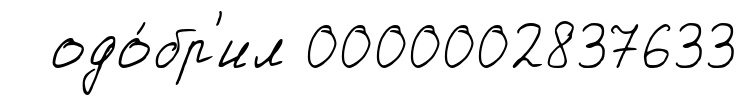
одо́бр'ил 0000002837633